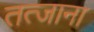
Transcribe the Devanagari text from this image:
तत्जाना